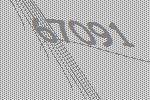
67091